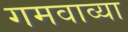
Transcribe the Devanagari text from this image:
गमवाव्या